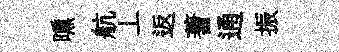
曛航丄返蓍通振